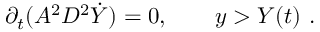
\partial _ { t } ( A ^ { 2 } D ^ { 2 } \dot { Y } ) = 0 , \qquad y > Y ( t ) \ .